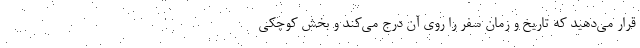
قرار می‌دهید که تاریخ و زمان سفر را روی آن درج می‌کند و بخش کوچکی